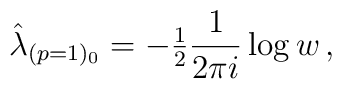
\hat{\lambda}_{(p=1)_{0}} =-{\textstyle\frac{1}{2}}\frac{1}{2\pi i}\log{w}\, ,